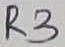
Text: R3